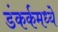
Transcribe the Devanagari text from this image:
डंकर्कमध्ये